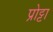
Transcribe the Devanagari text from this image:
प्रोट्टा